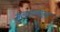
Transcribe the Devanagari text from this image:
मूलतत्वाला